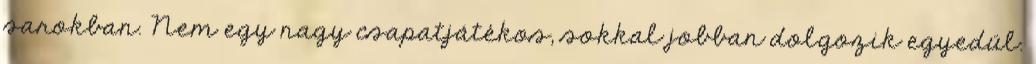
sarokban. Nem egy nagy csapatjátékos, sokkal jobban dolgozik egyedül.